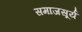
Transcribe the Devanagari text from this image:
समाजसूर्य